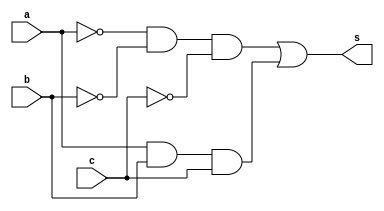

// ------------------------- 
// Exemplo0024 - COMPARADOR SELECIONAVEL
// Nome: Marcio Santana Correa -  345368
// ------------------------- 

// -------------------------
//  comparador
// -------------------------

module comparadorIgu (output s, input  a, input  b, input c);
	wire notA,notB,notC,and1,and2;
	
	not NOT1 (notA, a);
	not NOT2 (notB, b);
	not NOT3 (notC, c);
	and AND1 (and1, notA, notB, notC);
	and AND2 (and2, a, b, c);
	or  OR1  (s, and1, and2);
endmodule // comparadorIgu

module comparadorDif (output s, input  a, input  b, input c);
	wire notA,notC,and1,and2,xorAB;
	
	not NOT1 (notA, a);
	not NOT3 (notC, c);
	xor XOR1 (xorAB, a, b);
	and AND1 (and1, notA, c);
	and AND2 (and2, b, notC);
	or  OR1  (s, xorAB, and1, and2);
endmodule // comparadorDif

module comparadorSel (output sI, output sD, input  a, input  b, input c, input ch);
	wire notCH,x,y;
	
	not NOT1                (notCH, ch);
	comparadorIgu igual     (x, a, b, c);
	comparadorDif diferente (y, a, b, c);
	and AND1                (sI, x, notCH);
	and AND2                (sD, y, ch);
endmodule // comparadorSel

module test_comparadorSel;
// ------------------------- definir dados
   reg x;
	reg y;
	reg c;
	reg ch;
	wire w;
	wire z;
	
	comparadorSel selecionavel (w, z, x, y, c, ch);
	
	initial begin: start
		x = 0; 
		y = 0;
		c = 0;
		ch= 0;
	end
	
// ------------------------- parte principal
   initial begin
      $display("Exemplo0027 - Marcio Santana Correa -  345368");
      $display("Test ALU's comparador");
		$display("------------ CHAVE = 0 ------------");
		$display("a b c = s");
      $monitor("%b %b %b = %b",x,y,c,w); 
		#1 x = 0; y = 0; c = 1; ch = 0; 
		#1 x = 0; y = 1; c = 0; ch = 0; 
		#1 x = 0; y = 1; c = 1; ch = 0; 
		#1 x = 1; y = 0; c = 0; ch = 0; 
		#1 x = 1; y = 0; c = 1; ch = 0; 
		#1 x = 1; y = 1; c = 0; ch = 0; 
		#1 x = 1; y = 1; c = 1; ch = 0; 
	   #1 x = 0; y = 0; c = 0; ch = 1;
		
	   $display("------------ CHAVE = 1 ------------");
	   $display("a b c = s");
      $monitor("%b %b %b = %b",x,y,c,z); 
	   #1 x = 0; y = 0; c = 1; ch = 1; 
	   #1 x = 0; y = 1; c = 0; ch = 1; 
	   #1 x = 0; y = 1; c = 1; ch = 1; 
	   #1 x = 1; y = 0; c = 0; ch = 1; 
	   #1 x = 1; y = 0; c = 1; ch = 1; 
	   #1 x = 1; y = 1; c = 0; ch = 1; 
	   #1 x = 1; y = 1; c = 1; ch = 1;		
   end
endmodule // test_comparadorSel
/*
    Exemplo0027 - Marcio Santana Correa -  345368
    Test ALU's comparador
    ------------ CHAVE = 0 ------------
    a b c = s
    0 0 0 = 1
    0 0 1 = 0
    0 1 0 = 0
    0 1 1 = 0
    1 0 0 = 0
    1 0 1 = 0
    1 1 0 = 0
    1 1 1 = 1
    ------------ CHAVE = 1 ------------
    a b c = s
    0 0 0 = 0
    0 0 1 = 1
    0 1 0 = 1
    0 1 1 = 1
    1 0 0 = 1
    1 0 1 = 1
    1 1 0 = 1
    1 1 1 = 0
*/